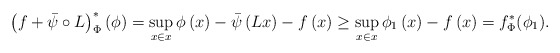
\begin{align*}\left(f+\bar{\psi}\circ L\right)^{*}_\Phi\left(\phi\right)=\sup_{x\in x}\phi\left(x\right)-\bar{\psi}\left(Lx\right)-f\left(x\right)\geq \sup_{x\in x}\phi_1 \left(x\right)-f\left(x\right)=f^*_\Phi (\phi_1).\end{align*}